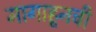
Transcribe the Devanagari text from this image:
मागाहूनची